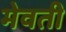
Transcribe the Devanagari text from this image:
मेवती